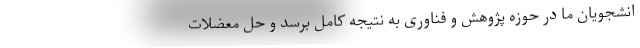
انشجویان ما در حوزه پژوهش و فناوری به نتیجه کامل برسد و حل معضلات